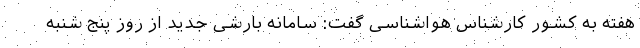
هفته به کشور کارشناس هواشناسی گفت: سامانه بارشی جدید از روز پنج شنبه